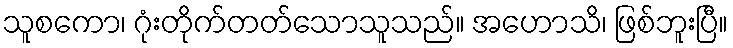
သူစကော၊ ဂုံးတိုက်တတ်သောသူသည်။ အဟောသိ၊ ဖြစ်ဘူးပြီ။